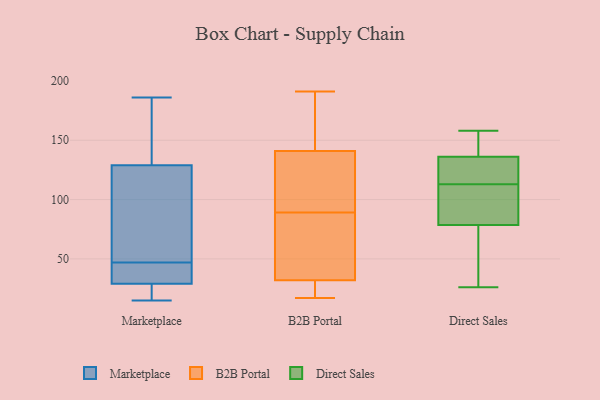
{"axis": {"x": "Inventory Turnover", "y": "Value"}, "legend": ["B2B Portal", "Direct Sales", "Marketplace"], "data": [{"x": "", "y": 105, "type": "Marketplace"}, {"x": "", "y": 129, "type": "Marketplace"}, {"x": "", "y": 186, "type": "Marketplace"}, {"x": "", "y": 33, "type": "Marketplace"}, {"x": "", "y": 29, "type": "Marketplace"}, {"x": "", "y": 143, "type": "Marketplace"}, {"x": "", "y": 15, "type": "Marketplace"}, {"x": "", "y": 15, "type": "Marketplace"}, {"x": "", "y": 37, "type": "Marketplace"}, {"x": "", "y": 57, "type": "Marketplace"}, {"x": "", "y": 25, "type": "B2B Portal"}, {"x": "", "y": 89, "type": "B2B Portal"}, {"x": "", "y": 32, "type": "B2B Portal"}, {"x": "", "y": 89, "type": "B2B Portal"}, {"x": "", "y": 162, "type": "B2B Portal"}, {"x": "", "y": 85, "type": "B2B Portal"}, {"x": "", "y": 141, "type": "B2B Portal"}, {"x": "", "y": 108, "type": "B2B Portal"}, {"x": "", "y": 19, "type": "B2B Portal"}, {"x": "", "y": 191, "type": "B2B Portal"}, {"x": "", "y": 32, "type": "B2B Portal"}, {"x": "", "y": 104, "type": "B2B Portal"}, {"x": "", "y": 168, "type": "B2B Portal"}, {"x": "", "y": 53, "type": "B2B Portal"}, {"x": "", "y": 17, "type": "B2B Portal"}, {"x": "", "y": 141, "type": "B2B Portal"}, {"x": "", "y": 115, "type": "B2B Portal"}, {"x": "", "y": 84, "type": "B2B Portal"}, {"x": "", "y": 183, "type": "B2B Portal"}, {"x": "", "y": 22, "type": "B2B Portal"}, {"x": "", "y": 113, "type": "Direct Sales"}, {"x": "", "y": 132, "type": "Direct Sales"}, {"x": "", "y": 94, "type": "Direct Sales"}, {"x": "", "y": 26, "type": "Direct Sales"}, {"x": "", "y": 77, "type": "Direct Sales"}, {"x": "", "y": 156, "type": "Direct Sales"}, {"x": "", "y": 109, "type": "Direct Sales"}, {"x": "", "y": 124, "type": "Direct Sales"}, {"x": "", "y": 158, "type": "Direct Sales"}, {"x": "", "y": 148, "type": "Direct Sales"}, {"x": "", "y": 41, "type": "Direct Sales"}, {"x": "", "y": 117, "type": "Direct Sales"}, {"x": "", "y": 56, "type": "Direct Sales"}, {"x": "", "y": 121, "type": "Direct Sales"}, {"x": "", "y": 153, "type": "Direct Sales"}, {"x": "", "y": 104, "type": "Direct Sales"}, {"x": "", "y": 79, "type": "Direct Sales"}]}